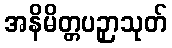
အနိမိတ္တပဉှာသုတ်